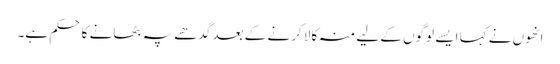
انھوں نے کہا ایسے لوگوں کے لیے منہ کالا کرنے کے بعد گدھے پہ بٹھانے کا حکم ہے۔